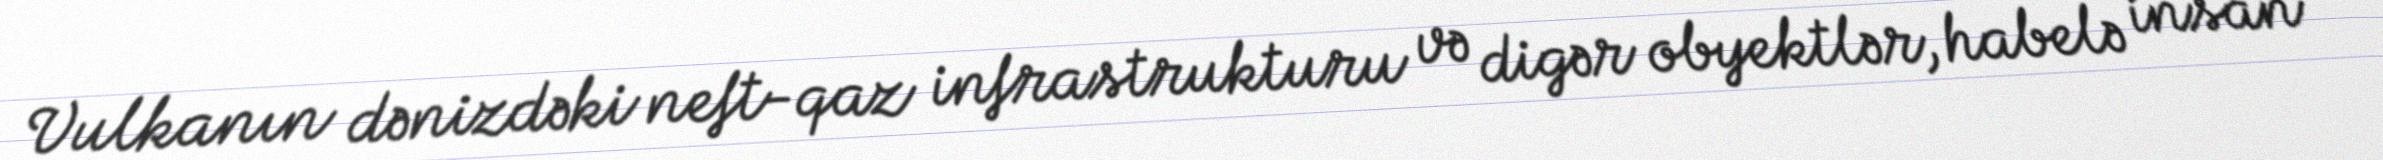
Vulkanın dənizdəki neft-qaz infrastrukturu və digər obyektlər, habelə insan